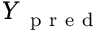
Y _ { \mathrm { ~ p ~ r ~ e ~ d ~ } }